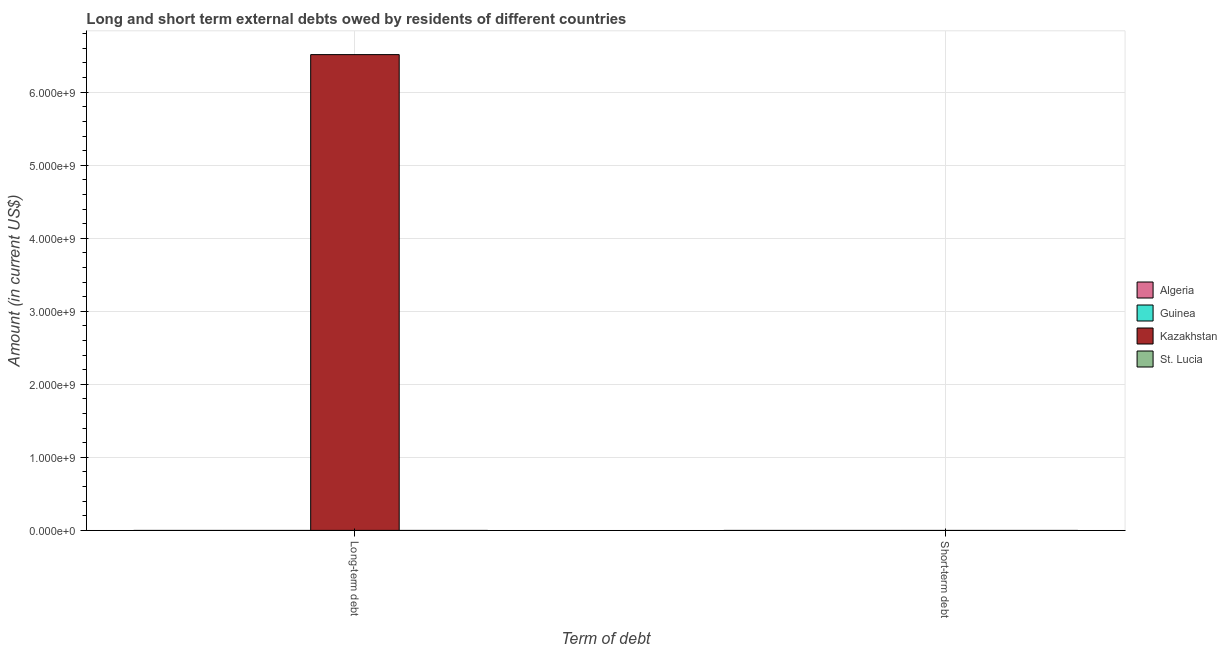
| Term of debt | Algeria | Guinea | Kazakhstan | St. Lucia |
 | --- | --- | --- | --- | --- |
 | Long-term debt | -5.06e+08 | -1.21e+08 | 6.51e+09 | -1.13e+07 |
 | Short-term debt | -6.37e+08 | -5.7e+07 | -1.09e+08 | -1.24e+08 |